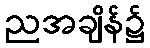
ညအချိန်၌